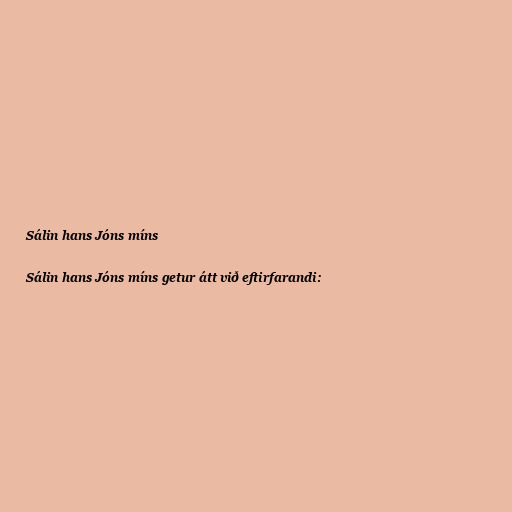
Sálin hans Jóns míns

Sálin hans Jóns míns getur átt við eftirfarandi: